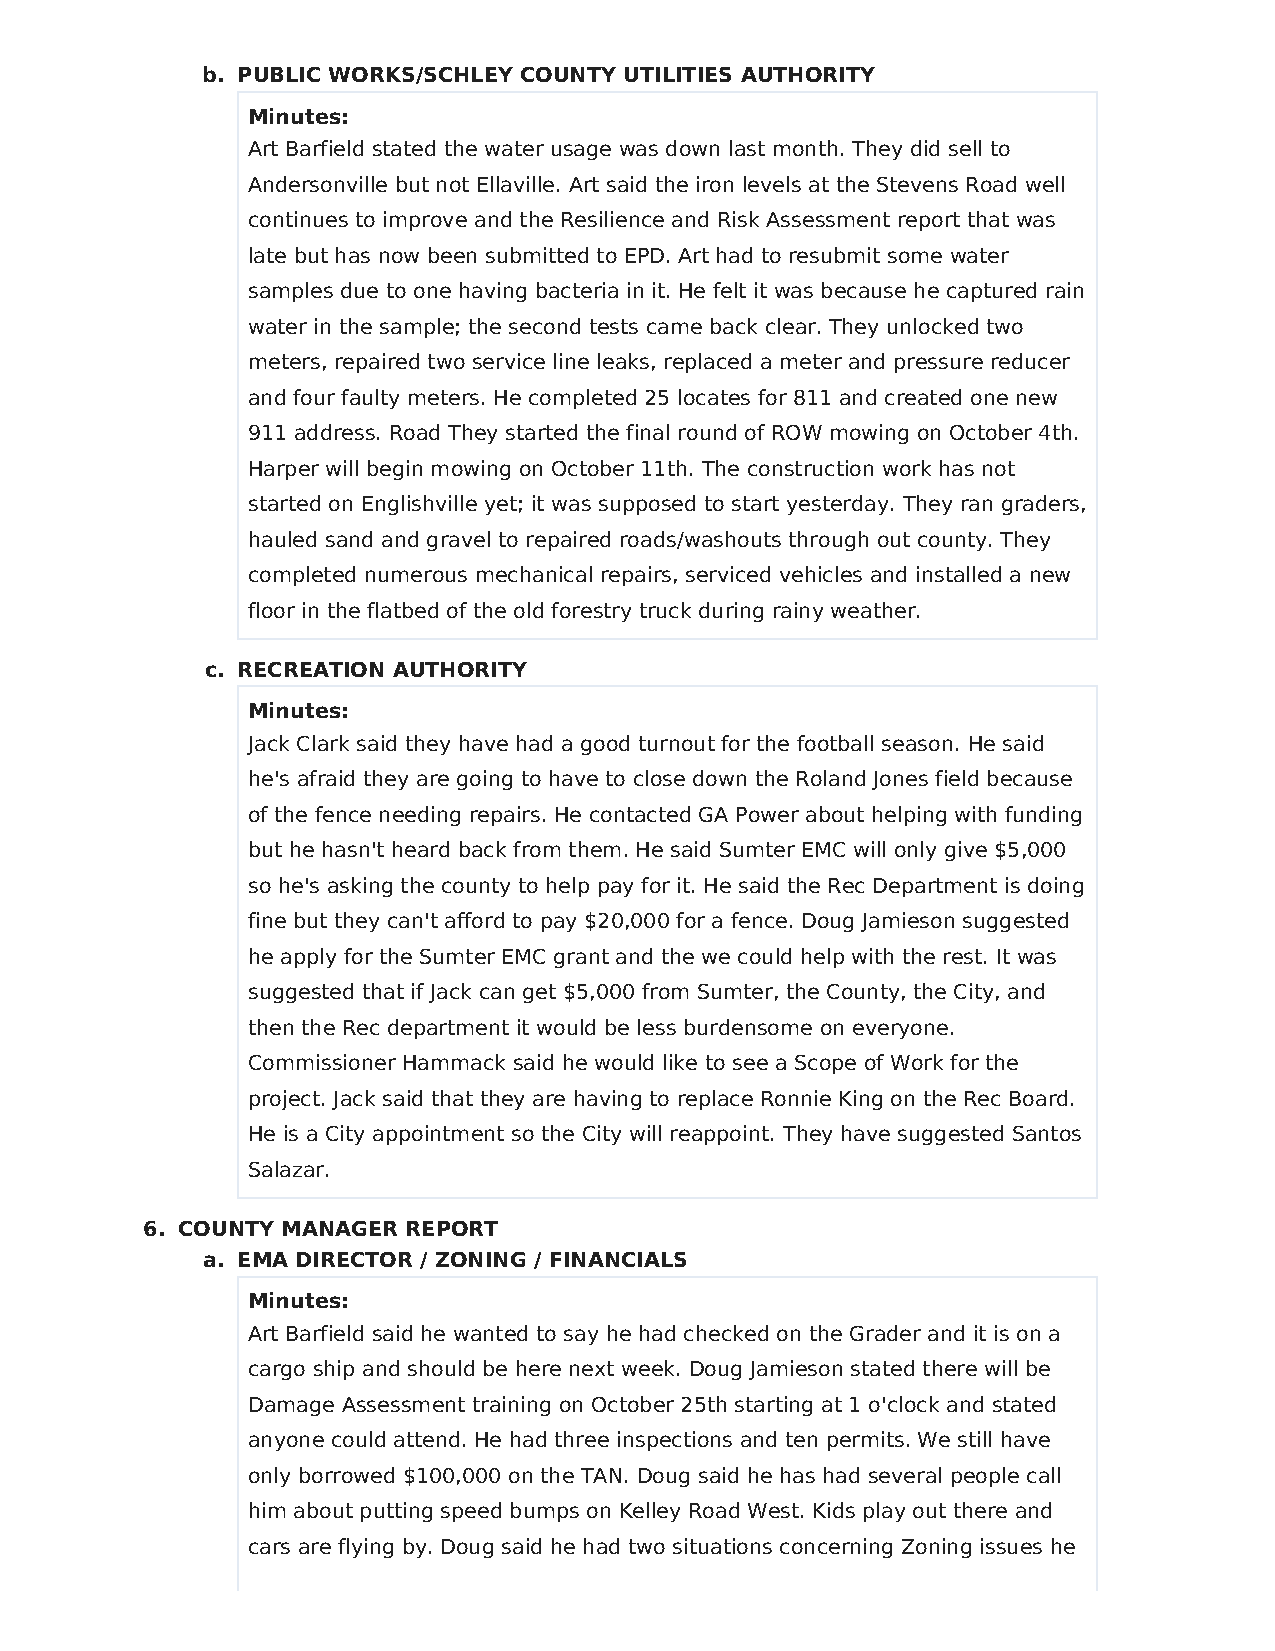
b. PUBLIC WORKS/SCHLEY COUNTY UTILITIES AUTHORITY
 Minutes:
 Art Barfield stated the water usage was down last month. They did sell to
 Andersonville but not Ellaville. Art said the iron levels at the Stevens Road well
 continues to improve and the Resilience and Risk Assessment report that was
 late but has now been submitted to EPD. Art had to resubmit some water
 samples due to one having bacteria in it. He felt it was because he captured rain
 water in the sample; the second tests came back clear. They unlocked two
 meters, repaired two service line leaks, replaced a meter and pressure reducer
 and four faulty meters. He completed 25 locates for 811 and created one new
 911 address. Road They started the final round of ROW mowing on October 4th.
 Harper will begin mowing on October 11th. The construction work has not
 started on Englishville yet; it was supposed to start yesterday. They ran graders,
 hauled sand and gravel to repaired roads/washouts through out county. They
 completed numerous mechanical repairs, serviced vehicles and installed a new
 floor in the flatbed of the old forestry truck during rainy weather.
 c. RECREATION AUTHORITY
 Minutes:
 Jack Clark said they have had a good turnout for the football season. He said
 he's afraid they are going to have to close down the Roland Jones field because
 of the fence needing repairs. He contacted GA Power about helping with funding
 but he hasn't heard back from them. He said Sumter EMC will only give $5,000
 so he's asking the county to help pay for it. He said the Rec Department is doing
 fine but they can't afford to pay $20,000 for a fence. Doug Jamieson suggested
 he apply for the Sumter EMC grant and the we could help with the rest. It was
 suggested that if Jack can get $5,000 from Sumter, the County, the City, and
 then the Rec department it would be less burdensome on everyone.
 Commissioner Hammack said he would like to see a Scope of Work for the
 project. Jack said that they are having to replace Ronnie King on the Rec Board.
 He is a City appointment so the City will reappoint. They have suggested Santos
 Salazar.
 6. COUNTY MANAGER REPORT
 a. EMA DIRECTOR / ZONING / FINANCIALS
 Minutes:
 Art Barfield said he wanted to say he had checked on the Grader and it is on a
 cargo ship and should be here next week. Doug Jamieson stated there will be
 Damage Assessment training on October 25th starting at 1 o'clock and stated
 anyone could attend. He had three inspections and ten permits. We still have
 only borrowed $100,000 on the TAN. Doug said he has had several people call
 him about putting speed bumps on Kelley Road West. Kids play out there and
 cars are flying by. Doug said he had two situations concerning Zoning issues he